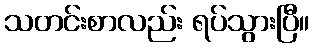
သတင်းစာလည်း ရပ်သွားပြီ။